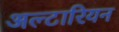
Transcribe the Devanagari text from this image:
अल्टारियन